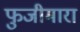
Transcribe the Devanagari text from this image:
फुजीमारा